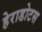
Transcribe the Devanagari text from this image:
हेराडोटस